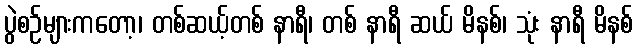
ပွဲစဉ်များကတော့၊ တစ်ဆယ့်တစ် နာရီ၊ တစ် နာရီ ဆယ် မိနစ်၊ သုံး နာရီ မိနစ်